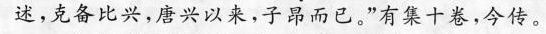
述，克备比兴，唐兴以来，子昂而已。”有集十卷，今传。